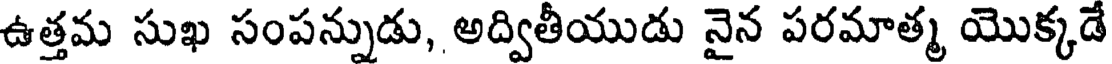
ఉత్తమ సుఖ సంపన్నుడు, అద్వితీయుడు నైన పరమాత్మ యొక్కడే